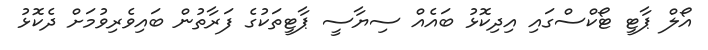
އޯލް ޕާޓީ ޓޯކްސްގައި އިދިކޮޅު ބައެއް ސިޔާސީ ޕާޓީތަކުގެ ފަރާތުން ބައިވެރިވުމަށް ދެކޮޅު